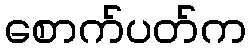
စောက်ပတ်က